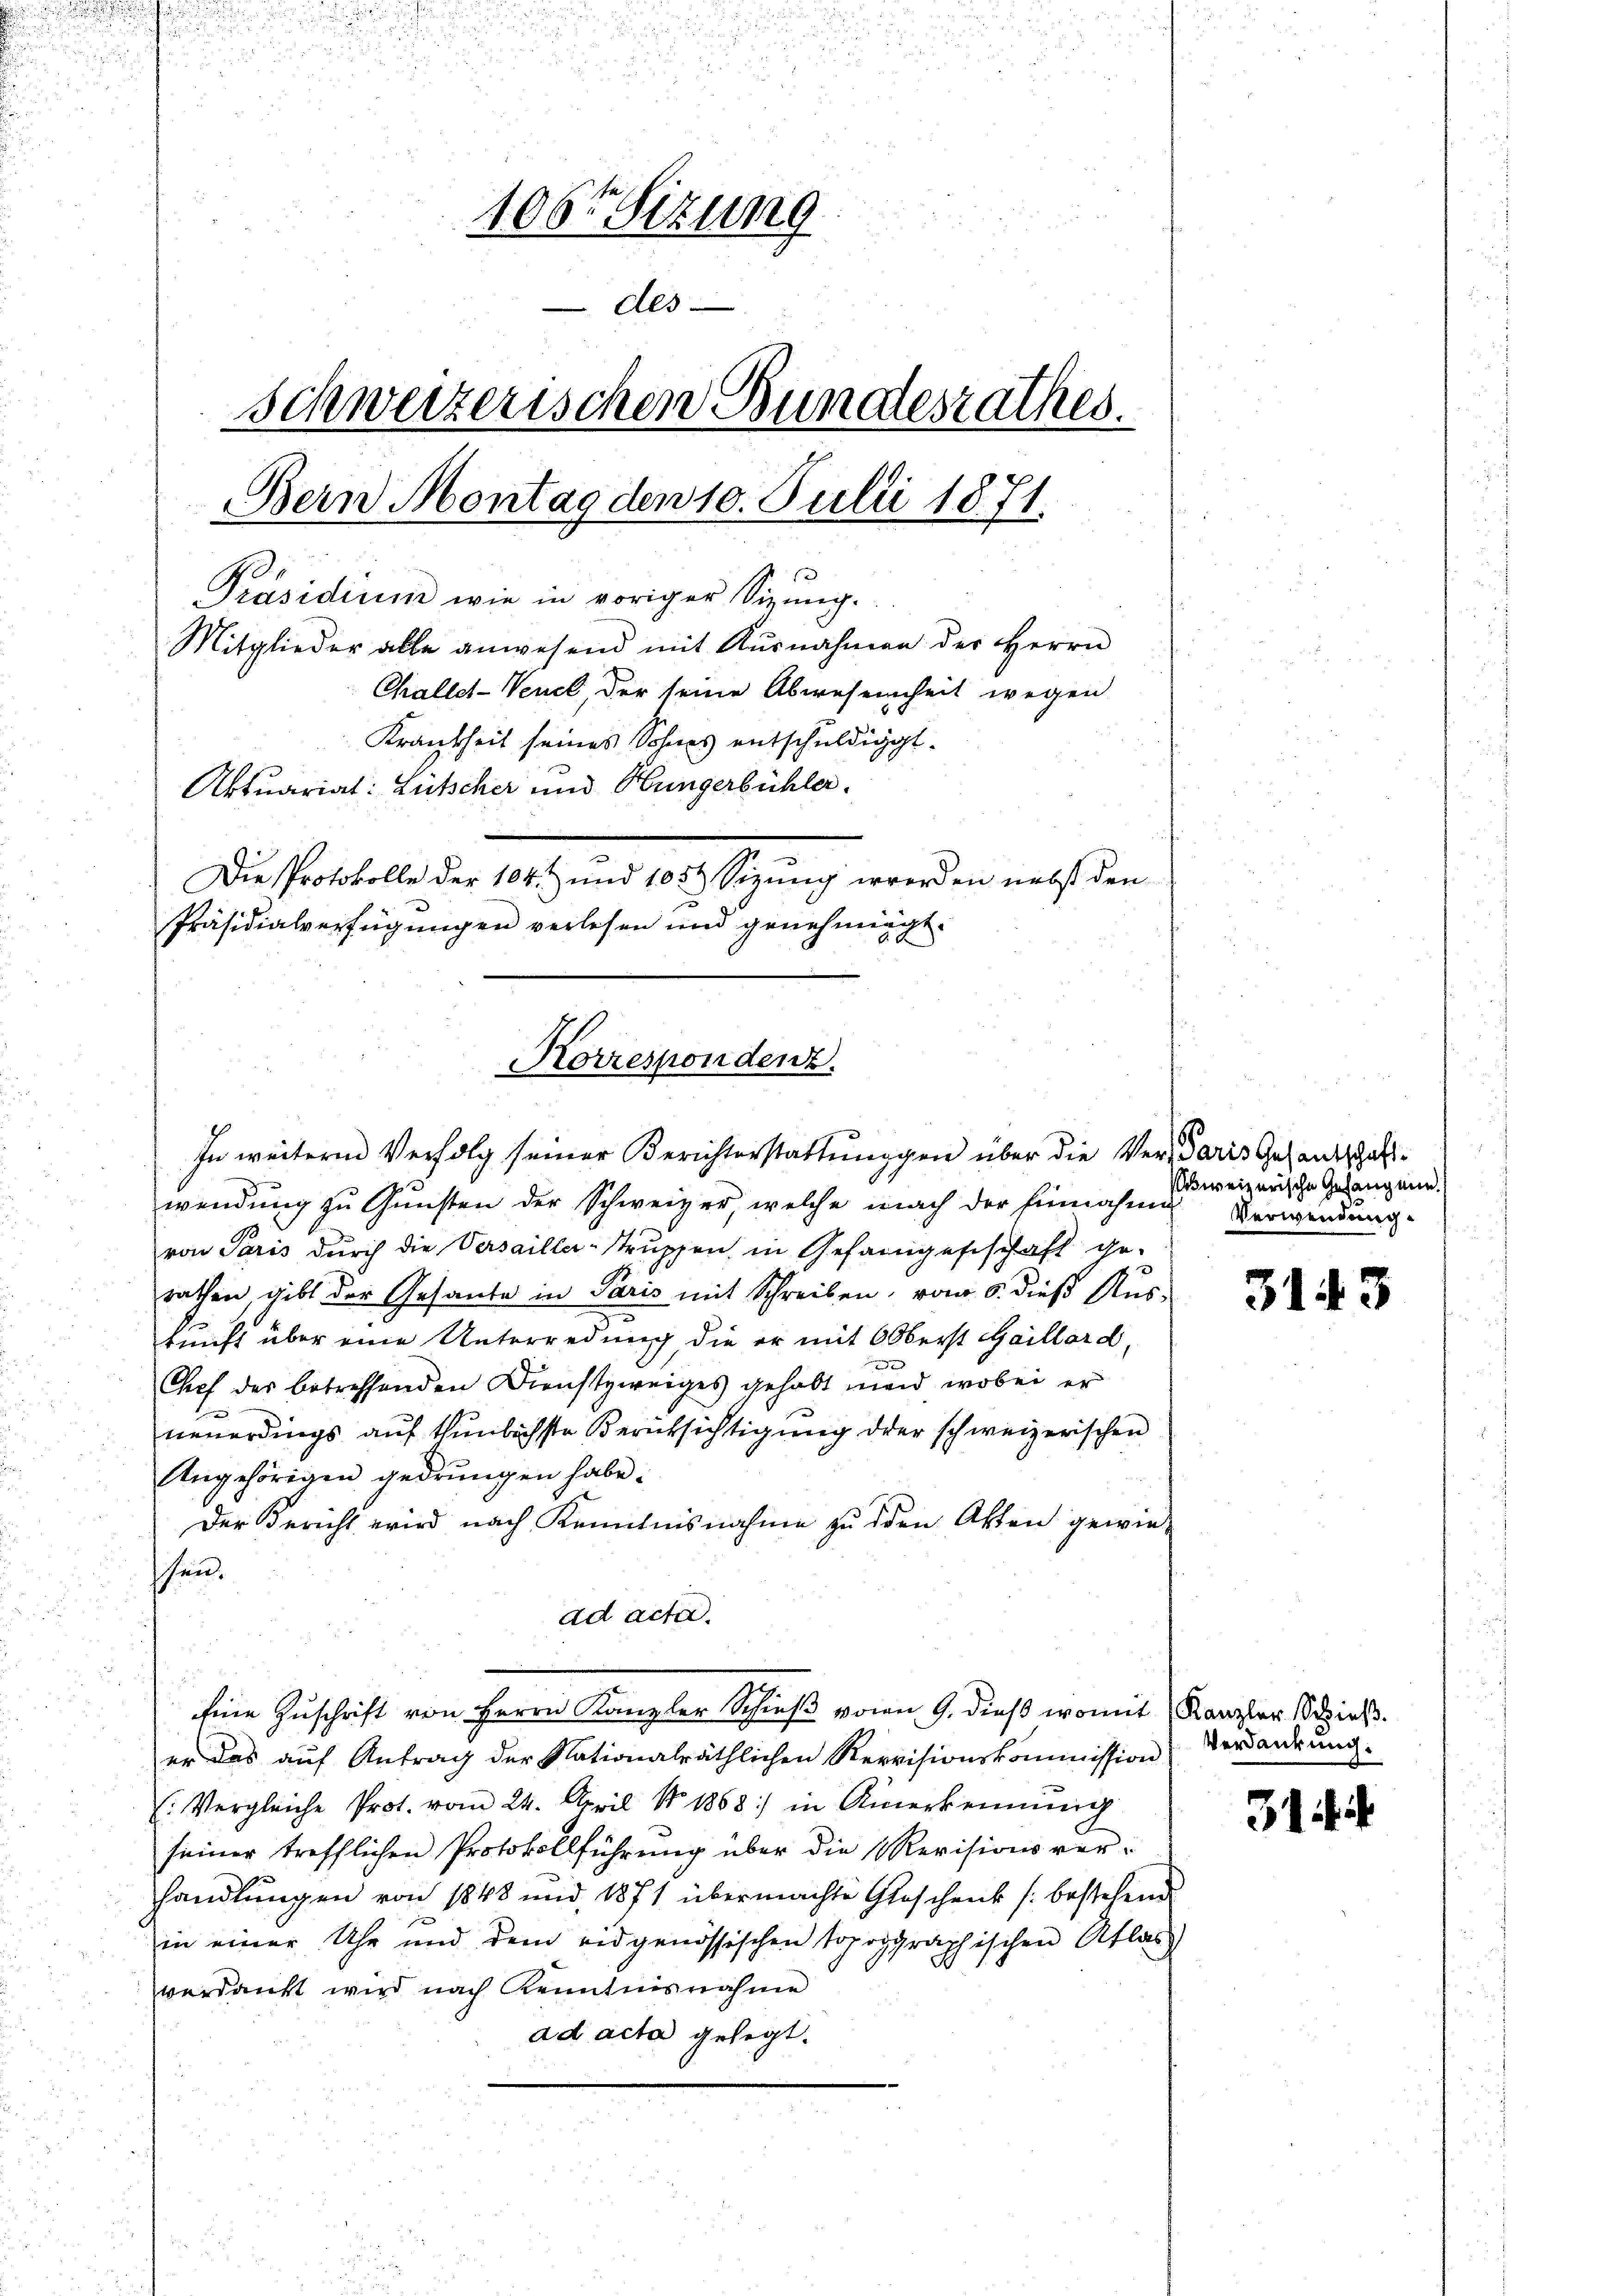
.

106. Sizung
2
des
schweizerischen Bundesrathes.
Bern Montag den 10. Julii 1871.
1
Präsidium wie in voriger Sizung.
Mitglieder alle anwesend mit Ausnahmen der Herrn
Challet-Veuck, der seine Abwesenheit wegen
Krankheit seines Sohnes entschuldigt.
Aktuariat: Lütscher und Hungerbühler.
Die Protokolle der 104. und 1054 Sizung werden nebst den
Präsidialverfügungen verlesen und genehmigt.
8

wendung zu Gunsten der Schweizer, welche nach der Einnahme
von Paris durch die Versailler-Struppen in Gefangeschaft ge-
rathen, gibt der Gesante in Paris mit Schreiben, vom 5. dieß Aus-
kunft über eine Unterredung die er mit OOberst Gaillard,
g
Gref des betreffenden Dienstzweiges gehabt mand, wobei er
neuerdings auf thunlichste Berüksichtigung der schweizerischen
Angehörigen gedrungen habe.
Der Bericht wird nach Kenntnisnahme zu den Akten gewie-
hen.
ad acta.
Eine Zuschrift von Herrn Kanzler Schieß vom 9. dieß womit Kanzler Schieß.
er das aŭf Antrag der Nationalräthlichen Revisionskommission
: Vergleiche Prot. vom 24. April No 1868) in Anerkennung
seiner trefflichen Protokollführung über die Revisionsverhandlungen von 1848 und 1871 übermachte Geschenk /: bestehend
in einer Uhr und dem eidgenössischen topographischen Atlas
verdank wird nach Kenntnisnahme
ad acta gelegt.

Korrespondenz.
In weitere Verfolg seiner Berichterstattunggen über die Ver-Paris Gesandtschaft¬

weizerische Gefang ein.
Verwendung.

3143

Verdankung.

31 i